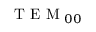
\textrm { T E M } _ { 0 0 }